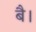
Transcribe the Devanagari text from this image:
बै।